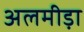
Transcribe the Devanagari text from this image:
अलमीड़ा